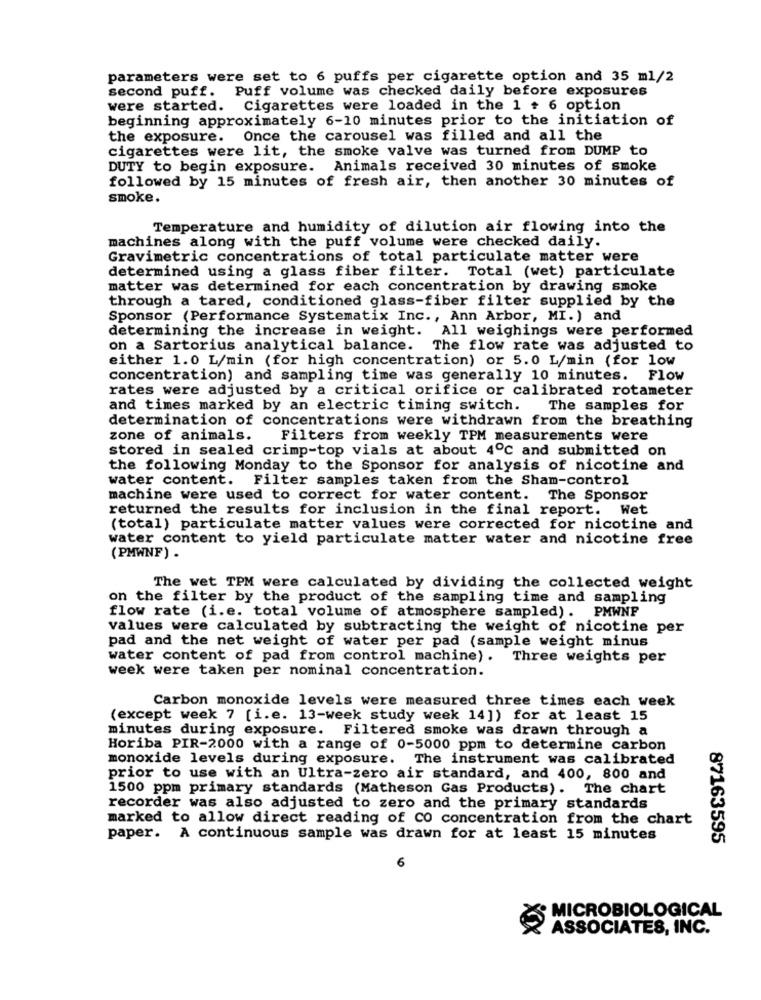
parameters were set to 6 puffs per cigarette option and 35 ml/2
second puff. Puff volume was checked daily before exposures
were started. Cigarettes were loaded in the 1 + 6 option
beginning approximately 6-10 minutes prior to the initiation of
the exposure. Once the carousel was filled and all the
cigarettes were lit, the smoke valve was turned from DUMP to
DUTY to begin exposure. Animals received 30 minutes of smoke
followed by 15 minutes of fresh air, then another 30 minutes of
smoke.
Temperature and humidity of dilution air flowing into the
machines along with the puff volume were checked daily.
Gravimetric concentrations of total particulate matter were
determined using a glass fiber filter. Total (wet) particulate
matter was determined for each concentration by drawing smoke
through a tared, conditioned glass-fiber filter supplied by the
Sponsor (Performance Systematix Inc ., Ann Arbor, MI.) and
determining the increase in weight. All weighings were performed
on a Sartorius analytical balance. The flow rate was adjusted to
either 1.0 L/min (for high concentration) or 5.0 L/min (for low
concentration) and sampling time was generally 10 minutes. Flow
rates were adjusted by a critical orifice or calibrated rotameter
and times marked by an electric timing switch. The samples for
determination of concentrations were withdrawn from the breathing
zone of animals. Filters from weekly TPM measurements were
stored in sealed crimp-top vials at about 4℃ and submitted on
the following Monday to the Sponsor for analysis of nicotine and
water content. Filter samples taken from the Sham-control
machine were used to correct for water content. The Sponsor
returned the results for inclusion in the final report. Wet
(total) particulate matter values were corrected for nicotine and
water content to yield particulate matter water and nicotine free
(PMWNF) .
The wet TPM were calculated by dividing the collected weight
on the filter by the product of the sampling time and sampling
flow rate (i.e. total volume of atmosphere sampled). PMWNF
values were calculated by subtracting the weight of nicotine per
pad and the net weight of water per pad (sample weight minus
water content of pad from control machine). Three weights per
week were taken per nominal concentration.
Carbon monoxide levels were measured three times each week
(except week 7 [i.e. 13-week study week 14]) for at least 15
minutes during exposure. Filtered smoke was drawn through a
Horiba PIR-2000 with a range of 0-5000 ppm to determine carbon
monoxide levels during exposure. The instrument was calibrated
prior to use with an Ultra-zero air standard, and 400, 800 and
1500 ppm primary standards (Matheson Gas Products). The chart
recorder was also adjusted to zero and the primary standards
marked to allow direct reading of CO concentration from the chart
paper. A continuous sample was drawn for at least 15 minutes
87163595
6
MICROBIOLOGICAL
XX
ASSOCIATES, INC.